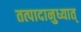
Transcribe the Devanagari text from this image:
तत्पादानुध्यात्